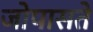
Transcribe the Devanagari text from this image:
जोपासते